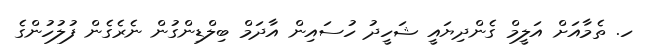
ހ. ތެމާއަށް އަލީމް ގެންދިޔައީ ޝަހީދު ހުސައިން އާދަމް ބިލްޑިންގުން ނެރެގެން ފުލުހުންގެ